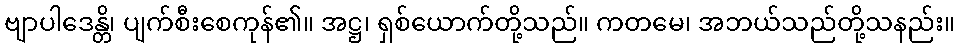
ဗျာပါဒေန္တိ၊ ပျက်စီးစေကုန်၏။ အဋ္ဌ၊ ရှစ်ယောက်တို့သည်။ ကတမေ၊ အဘယ်သည်တို့သနည်း။